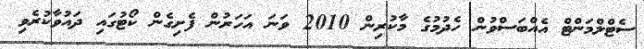
ސެޓްލްމަންޓް އެއްބަސްވުން ހެދުމުގެ މާކުރިން 2010 ވަނަ އަހަރުން ފެށިގެން ކޯޓުގައި ދައުވާކުރެވި